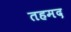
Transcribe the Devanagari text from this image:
तहमद